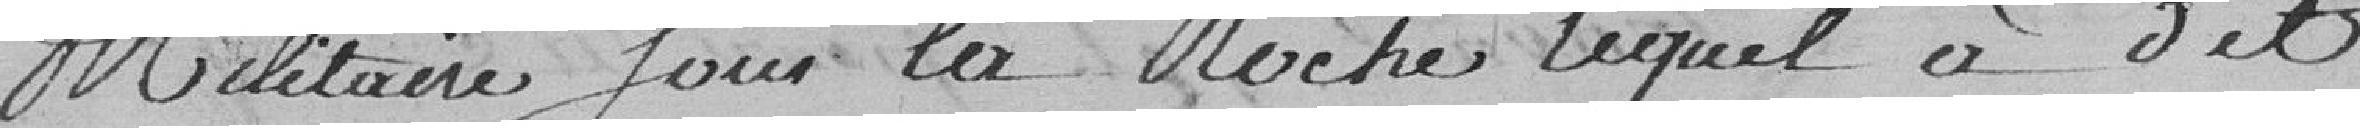
Militaire four las Noches lequel à dit